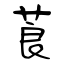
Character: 莨